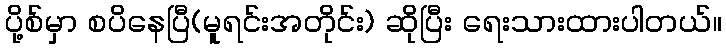
ပို့စ်မှာ စပိနေပြီ(မူရင်းအတိုင်း) ဆိုပြီး ရေးသားထားပါတယ်။